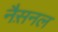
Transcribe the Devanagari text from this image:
नैस़नल